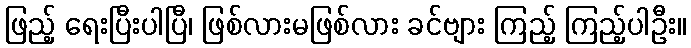
ဖြည့် ရေးပြီးပါပြီ၊ ဖြစ်လားမဖြစ်လား ခင်ဗျား ကြည့် ကြည့်ပါဦး။